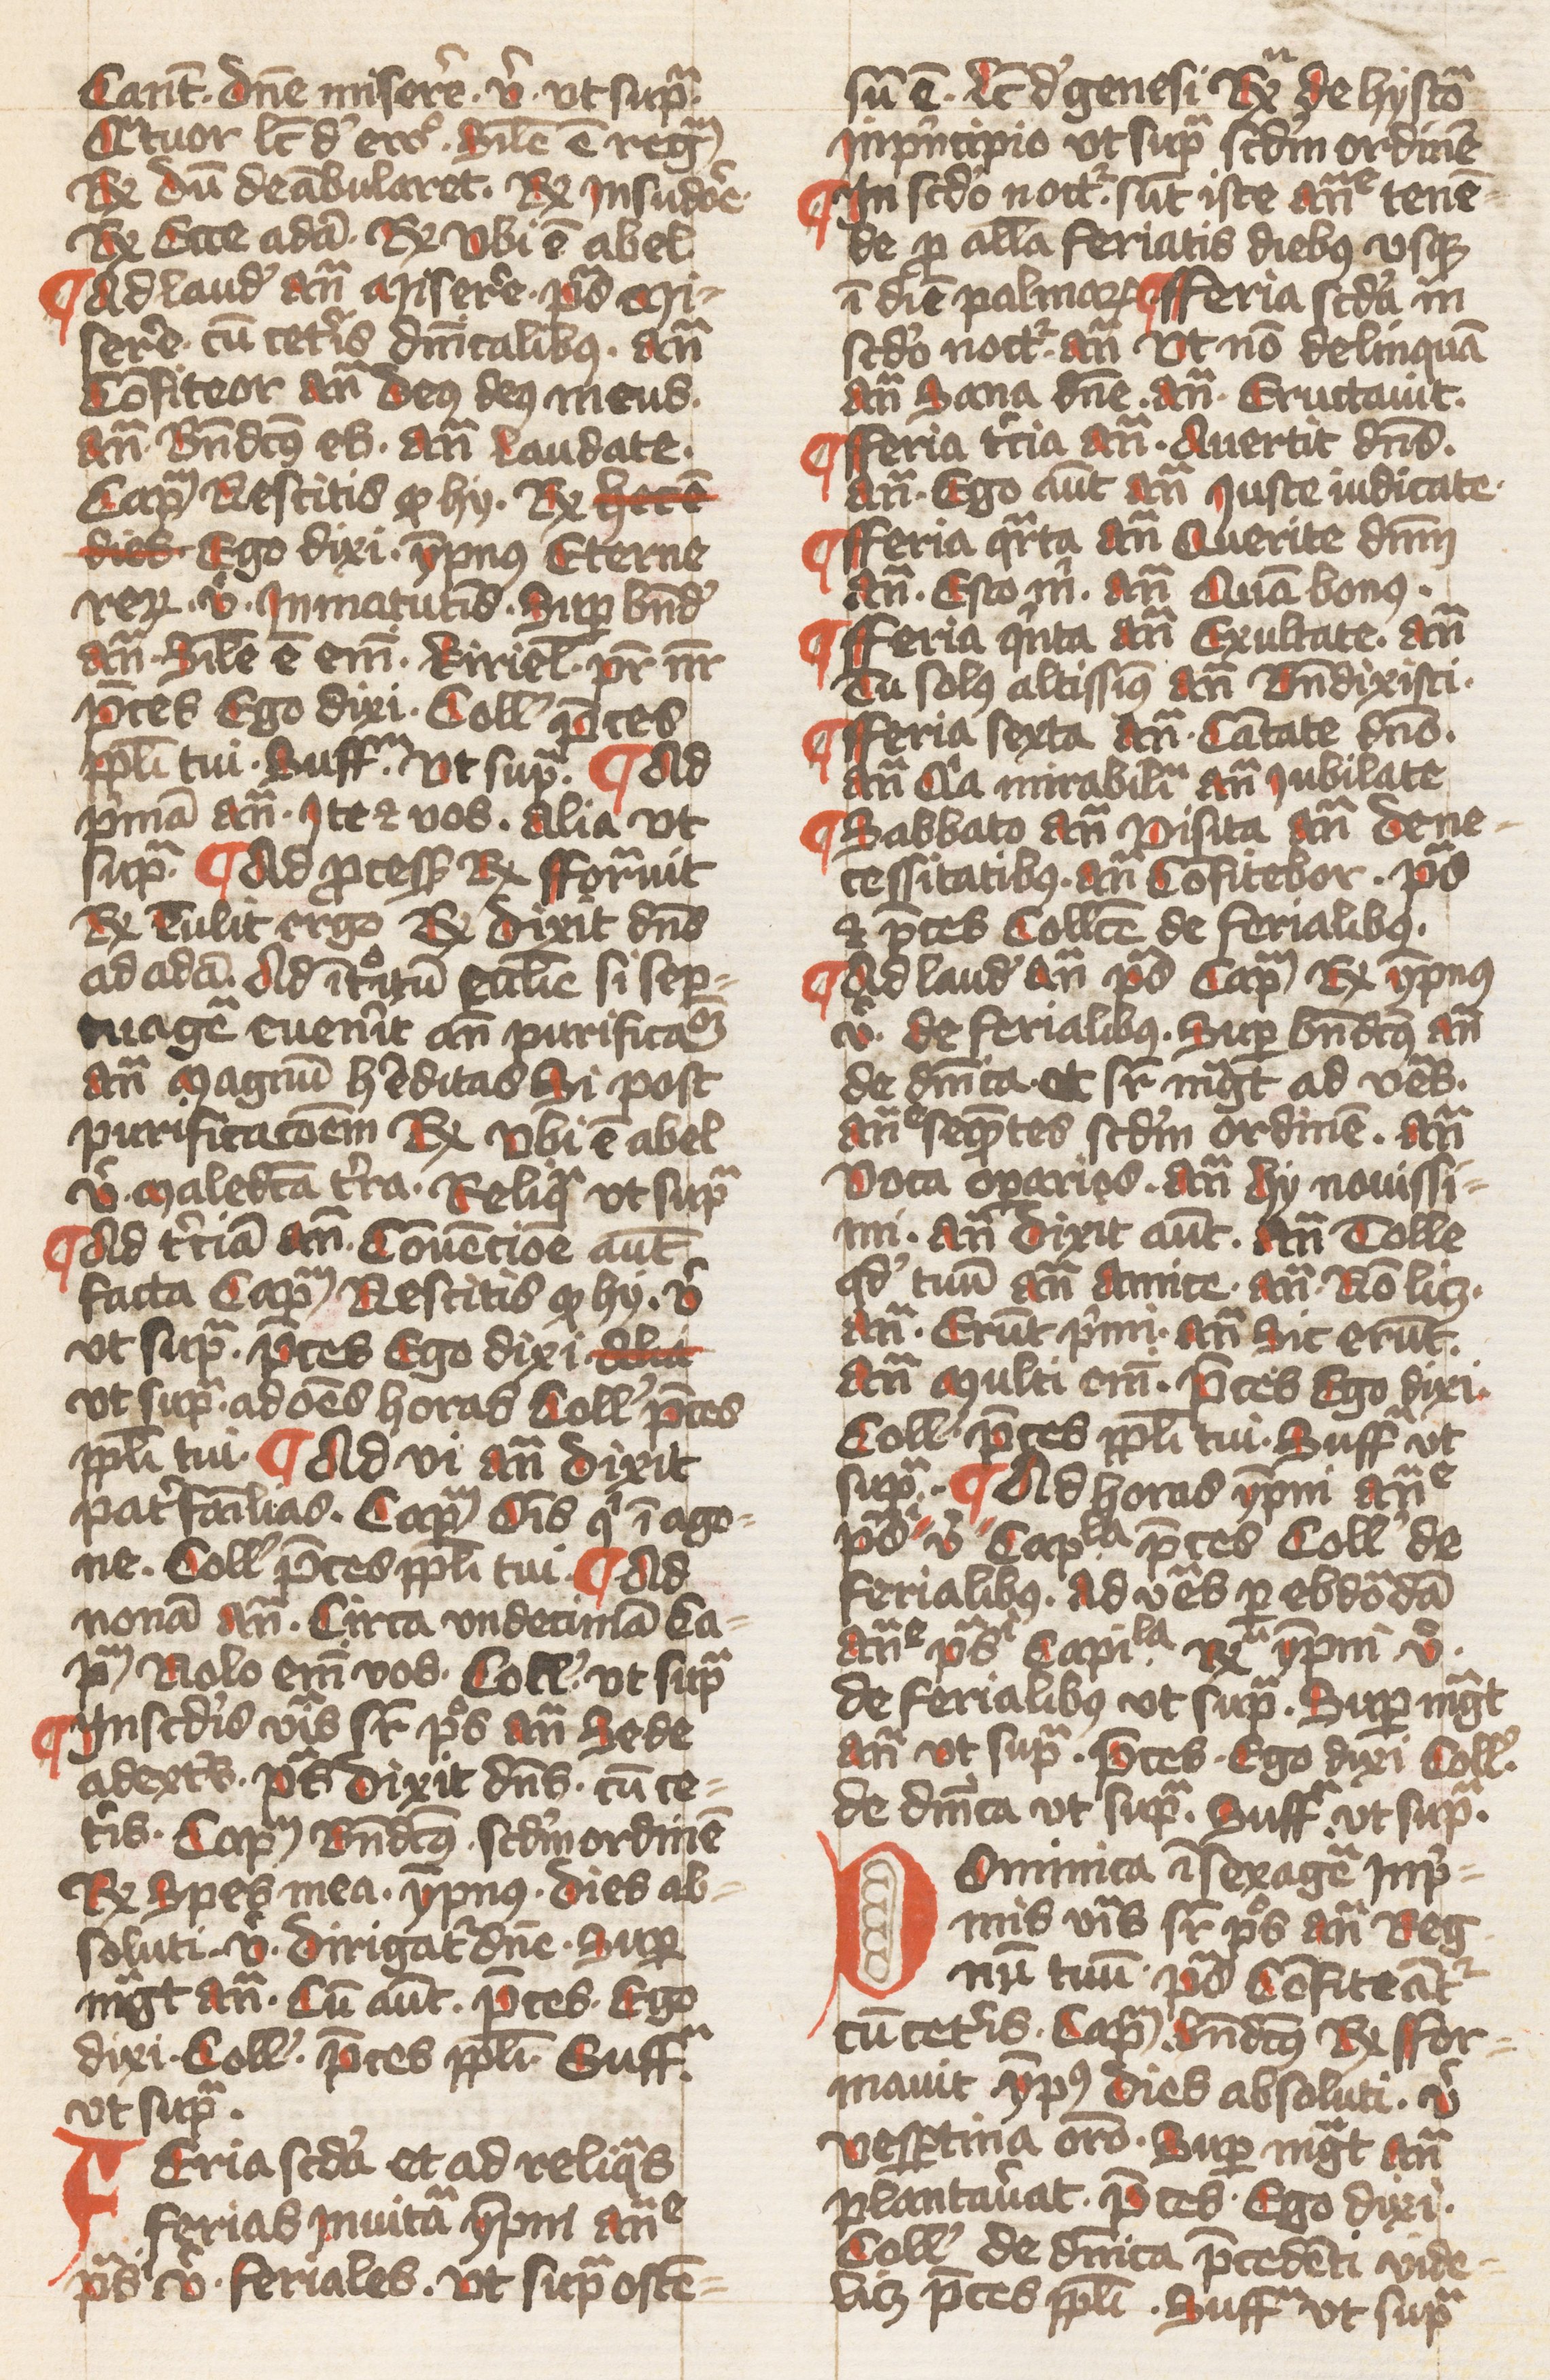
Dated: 1432–1432